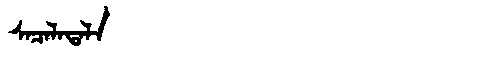
Manchu: ᠰᠠᠴᠠᠯᠠᡨᠠᠯᠠ
Romanization: SACALATALA